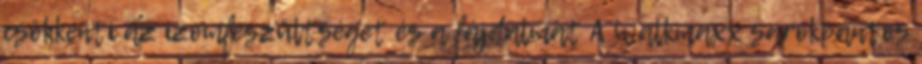
csökkenti az izomfeszültséget és a fájdalmat A Walkmaxx sarokpántos